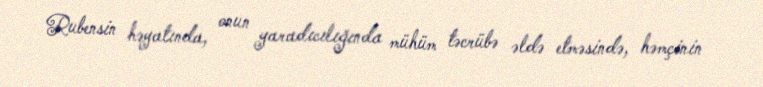
Rubensin həyatında, onun yaradıcılığında mühüm təcrübə əldə etməsində, həmçinin